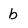
Character: b